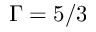
\Gamma = 5 / 3